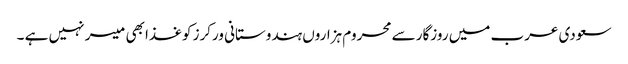
سعودی عرب میں روزگار سے محروم ہزاروں ہندوستانی ورکرز کوغذا بھی میسر نہیں ہے ۔